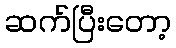
ဆက်ပြီးတော့